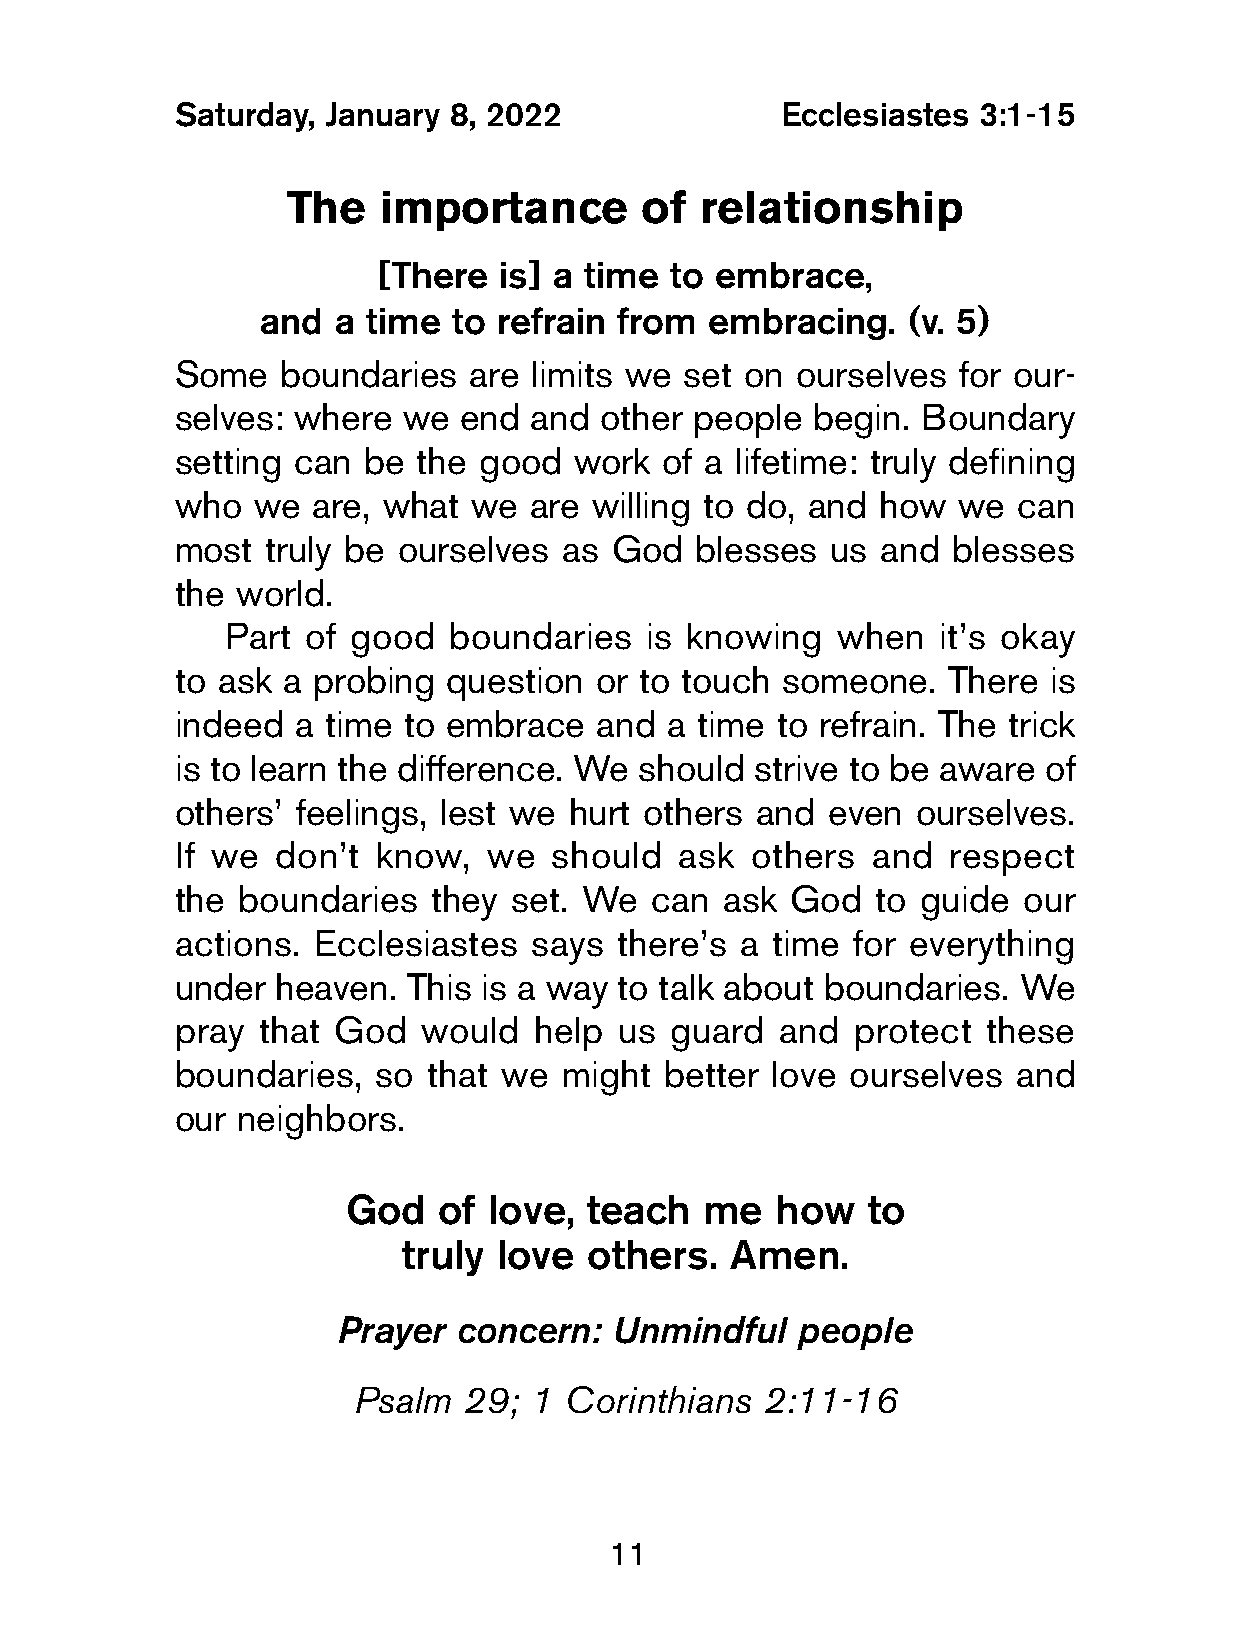
Saturday, January  8, 2022               Ecclesiastes 3:1-15
 The   importance       of  relationship
 [There  is] a time to embrace,
 and  a time  to refrain from  embracing.   (v. 5)
 Some   boundaries   are limits we set on  ourselves for our-
 selves: where   we end  and  other people  begin. Boundary
 setting can  be  the good  work  of a lifetime: truly defining
 who   we  are, what we  are willing to do, and how  we  can
 most  truly be ourselves  as God   blesses  us and  blesses
 the  world.
 Part of good   boundaries   is knowing  when   it’s okay
 to ask  a probing question  or to touch  someone.   There is
 indeed  a time  to embrace  and  a time to refrain. The trick
 is to learn the difference. We should  strive to be aware of
 others’  feelings, lest we hurt others and  even  ourselves.
 If we  don’t  know,  we  should   ask  others  and  respect
 the  boundaries  they  set. We  can  ask God   to guide  our
 actions.  Ecclesiastes  says  there’s a time for everything
 under  heaven.  This is a way to talk about boundaries. We
 pray  that God   would  help  us guard  and  protect  these
 boundaries,   so that we  might  better love ourselves  and
 our  neighbors.
 God   of love,  teach  me   how   to
 truly  love  others.  Amen.
 Prayer  concern:  Unmindful    people
 Psalm   29; 1 Corinthians   2:11-16
 11